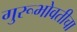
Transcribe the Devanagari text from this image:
गुरूभोवतीचा